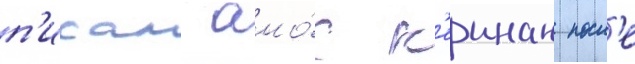
п'исал амо́с к'еинан посл'е